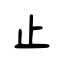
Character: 止